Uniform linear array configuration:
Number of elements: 64
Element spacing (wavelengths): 0.75
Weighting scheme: hamming
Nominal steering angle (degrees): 45
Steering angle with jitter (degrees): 44.501
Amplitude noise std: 0.05
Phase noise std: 0.05

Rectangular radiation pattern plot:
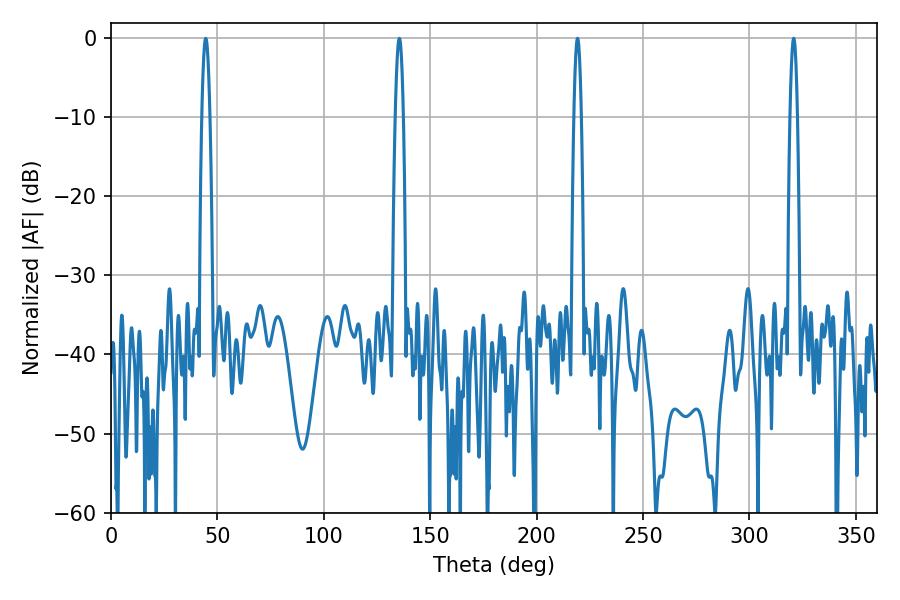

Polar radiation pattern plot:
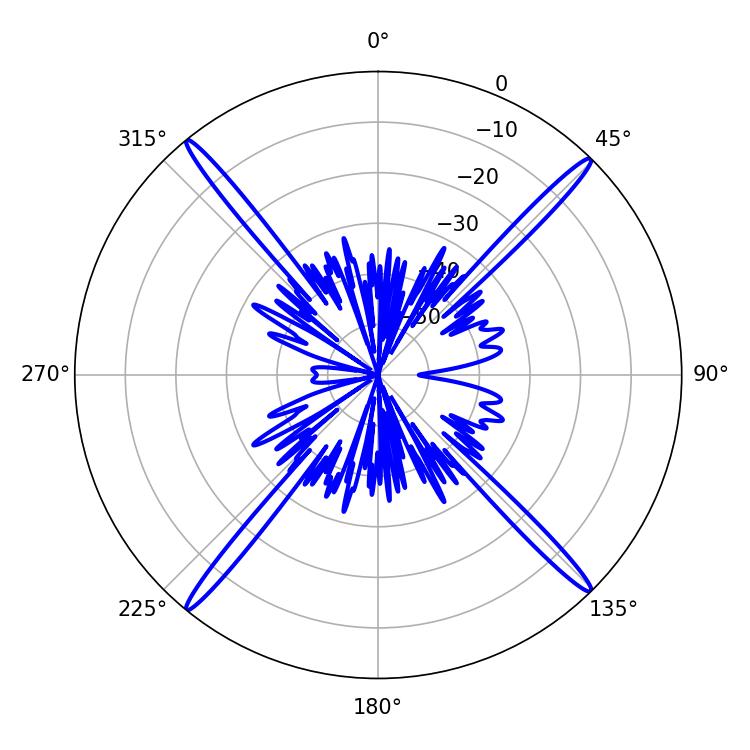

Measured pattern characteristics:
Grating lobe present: TRUE
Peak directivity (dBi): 23.149
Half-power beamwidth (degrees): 1.8
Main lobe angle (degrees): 219.24